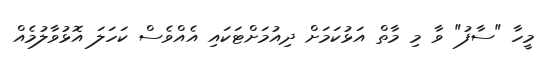
މީހާ "ސާފު" ވާ މި މާތް އަޅުކަމަށް ދިއުމަށްޓަކައި އެއްވެސް ކަހަލަ އޮޅުވާލުމެއް